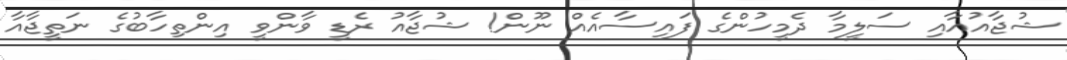
ޝުޖާއުއާއި ސަލީމާ ދެމީހުންގެ ފައިސާއެއް ނޫން! ޝުޖާއު ރެޑީ ވާންވީ އިންތިހާބުގެ ނަތީޖާއާ